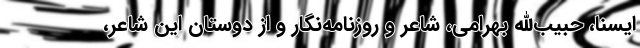
ایسنا، حبیب‌الله بهرامی، شاعر و روزنامه‌نگار و از دوستان این شاعر،